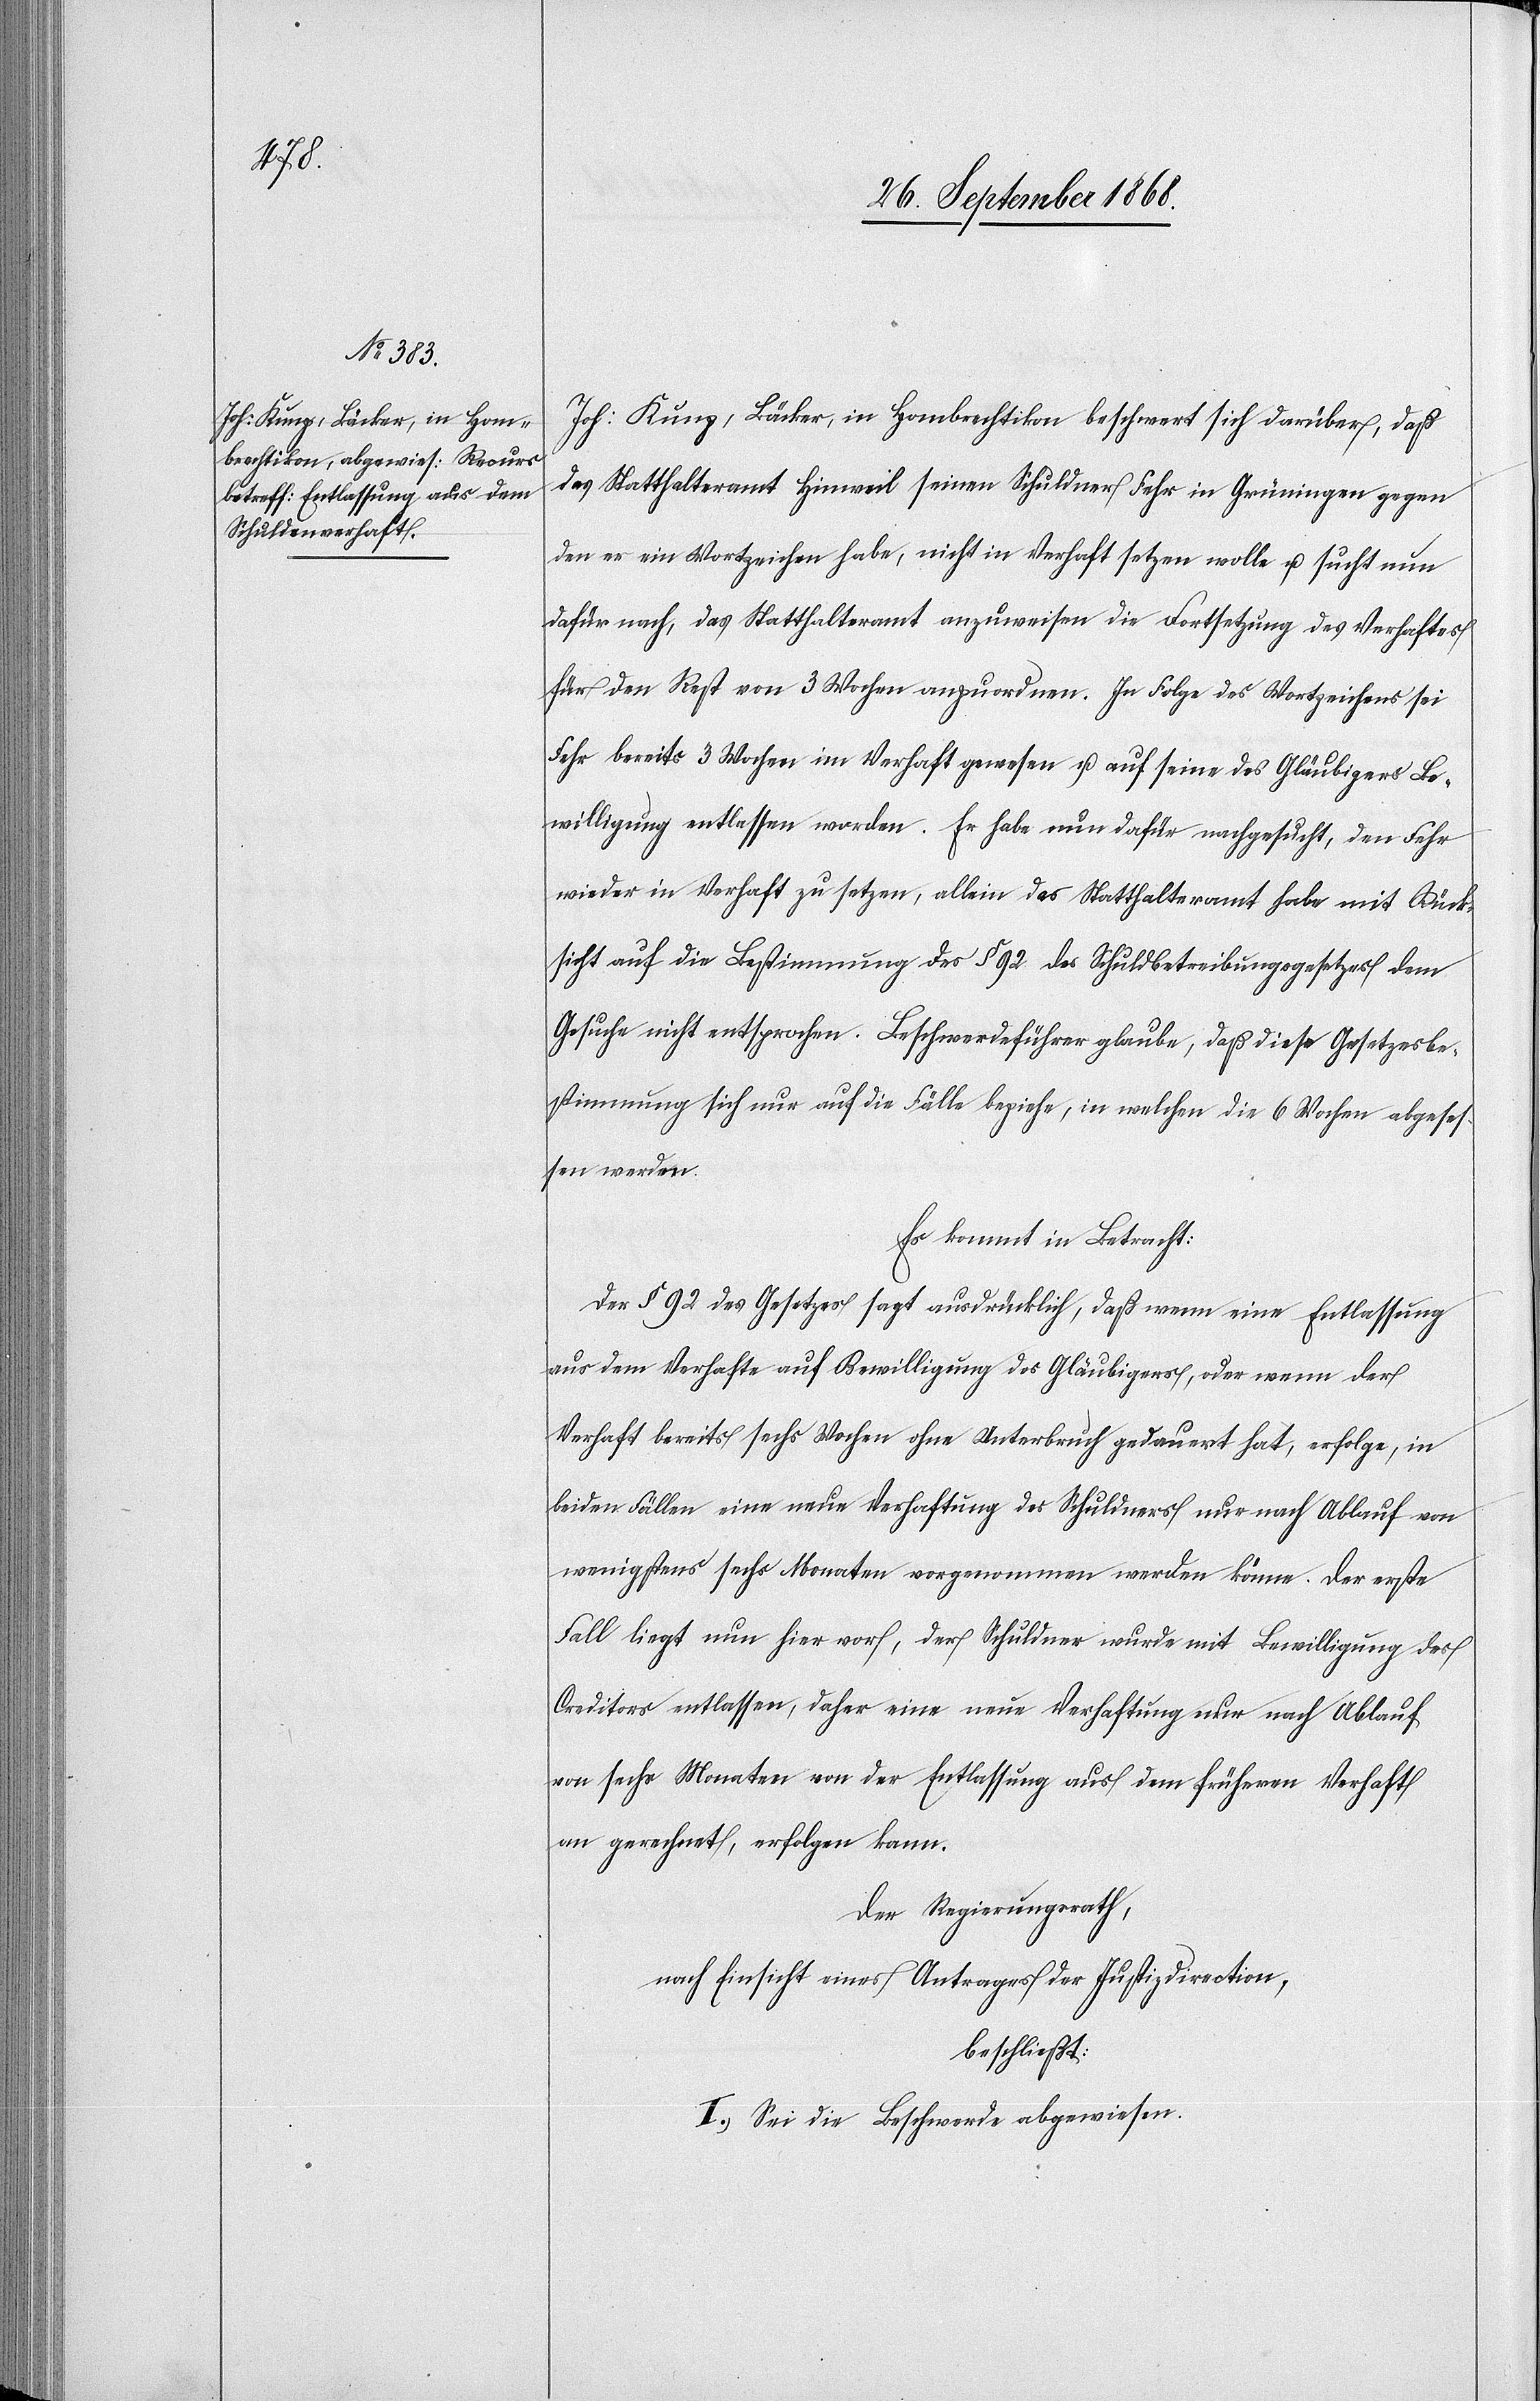
Joh: Kunz, Bäcker, in Hombrechtikon beschwert sich darüber, daß
das Statthalteramt Hinweil seinen Schuldner Fehr in Grüningen gegen
den er ein Wortzeichen habe, nicht in Verhaft setzen wolle u. sucht nun
dafür nach, das Statthalteramt anzuweisen die Fortsetzung des Verhaftes
für den Rest von 3 Wochen anzuordnen. In Folge des Wortzeichens sei
Fehr bereits 3 Wochen im Verhaft gewesen u. auf seine des Gläubigers Be¬
willigung entlassen worden. Er habe nun dafür nachgesucht, den Fehr
wieder in Verhaft zu setzen, allein das Statthalteramt habe mit Rück¬
sicht auf die Bestimmung des § 92 des Schuldbetreibungsgesetzes dem
Gesuche nicht entsprochen. Beschwerdeführer glaube, daß diese Gesetzesbe¬
stimmung sich nur auf die Fälle beziehe, in welchen die 6 Wochen abgeses¬
sen werden.
Es kommt in Betracht:
Der § 92 des Gesetzes sagt ausdrücklich, daß wenn eine Entlassung
aus dem Verhafte auf Bewilligung des Gläubigers, oder wenn der
Verhaft bereits sechs Wochen ohne Unterbruch gedauert hat, erfolge, in
beiden Fällen eine neue Verhaftung des Schuldners nur nach Ablauf von
wenigstens sechs Monaten vorgenommen werden könne. Der erste
Fall liegt nun hier vor, der Schuldner wurde mit Bewilligung des
Creditors entlassen, daher eine neue Verhaftung nur nach Ablauf
von sechs Monaten von der Entlassung aus dem früheren Verhaft
an gerechnet, erfolgen kann.
Der Regierungsrath,
nach Einsicht eines Antrages der Justizdirection,
beschließt:
I. Sei die Beschwerde abgewiesen.